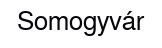
Somogyvár